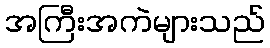
အကြီးအကဲများသည်